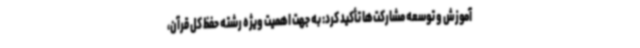
آموزش و توسعه مشارکت‌ها تأکید کرد: به جهت اهمیت ویژه رشته حفظ کل قرآن،